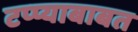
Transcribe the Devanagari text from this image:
टप्प्याबाबत